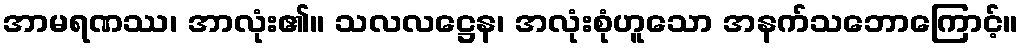
အာမရဏဿ၊ အာလုံး၏။ သလလဋ္ဌေန၊ အလုံးစုံဟူသော အနက်သဘောကြောင့်။